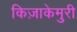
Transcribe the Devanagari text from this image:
किज़ाकेमुरी